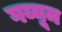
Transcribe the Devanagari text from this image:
गय्यूम